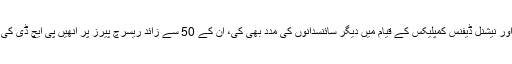
وہ مسلسل 3 برس تک پاکستان اٹامک انرجی کمیشن کے چئیرمین رہے اور نیشنل ڈیفنس کمپلیکس کے قیام میں دیگر سائنسدانوں کی مدد بھی کی، ان کے 50 سے زائد ریسرچ پیرز پر انھیں پی ایچ ڈی کی ڈگری عطا کی گئی، جو وہ وطن کی محبت میں ادھورا چھوڑ آئے تھے۔